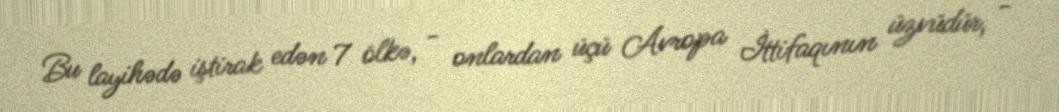
Bu layihədə iştirak edən 7 ölkə, - onlardan üçü Avropa İttifaqının üzvüdür, -